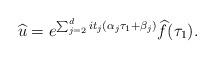
LaTeX: \begin{align*}\widehat{u} = e^{\sum_{j=2}^d i t_j \left( \alpha_j \tau_1 + \beta_j\right)} \widehat{f}(\tau_1).\end{align*}